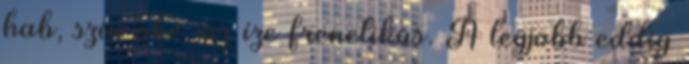
hab, szín oké, az íze frenetikus. A legjobb eddig